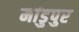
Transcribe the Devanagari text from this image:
मांडुपुर